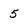
Character: 5